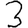
Digit: 3